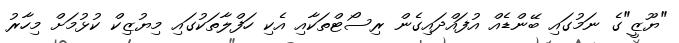
"ޔޫޒީ"ގެ ނަމުގައި ބޭންޑެއް އުފައްދައިގެން ރިސޯޓްތަކާއި އެކި ހަފްލާތަކުގައި މިޔުޒިކް ކުޅުމަށް މިހާރު